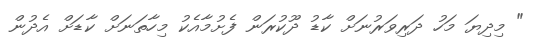
" މިދިޔަ މަހު ދަރިވަރުނަށް ކާޑު ދޫކުރަން ފެށުމާއެކު މިހާތަނަށް ކާޑަށް އެދުން